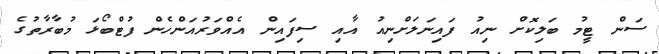
ސަން ޓީމު ބަލިކޮށް ނިއު ފައިނަލަށްނިއު އާއި ސިފައިން އެއްވަރުއަންހެން ފުޓްބޯޅަ މުބާރާތުގެ